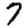
Digit: 7